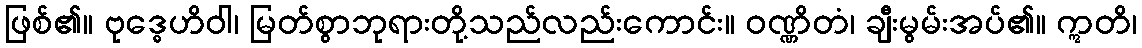
ဖြစ်၏။ ဗုဒ္ဓေဟိဝါ၊ မြတ်စွာဘုရားတို့သည်လည်းကောင်း။ ဝဏ္ဏိတံ၊ ချီးမွမ်းအပ်၏။ ဣတိ၊